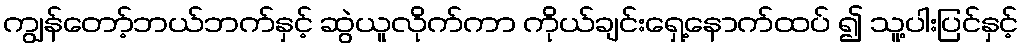
ကျွန်တော့်ဘယ်ဘက်နှင့် ဆွဲယူလိုက်ကာ ကိုယ်ချင်းရှေ့နောက်ထပ် ၍ သူ့ပါးပြင်နှင့်